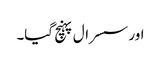
اور سسرال پہنچ گیا۔